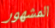
المشهور